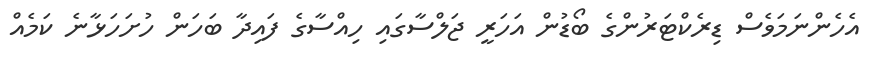
އެހެންނަމަވެސް ޑިރެކްޓަރުންގެ ބޯޑުން އަހަރީ ޖަލްސާގައި ހިއްސާގެ ފައިދާ ބަހަން ހުށަހަޅާނެ ކަަމެއް